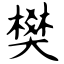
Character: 樊